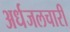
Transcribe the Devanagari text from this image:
अर्धजलचारी